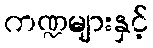
ကဏ္ဍများနှင့်